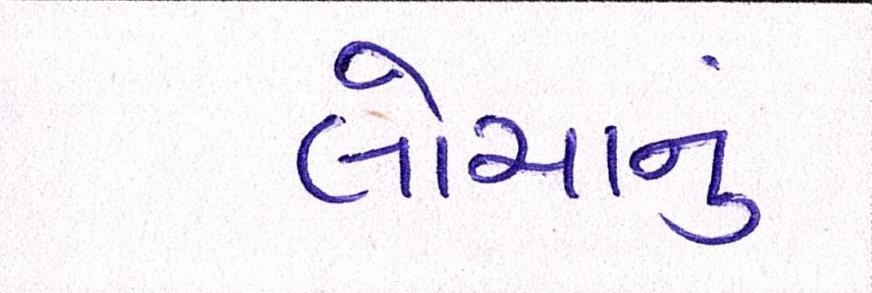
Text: લોચાનું